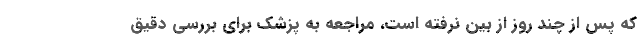
که پس از چند روز از بین نرفته است، مراجعه به پزشک برای بررسی دقیق